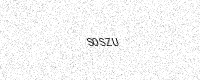
Text: S0SZU